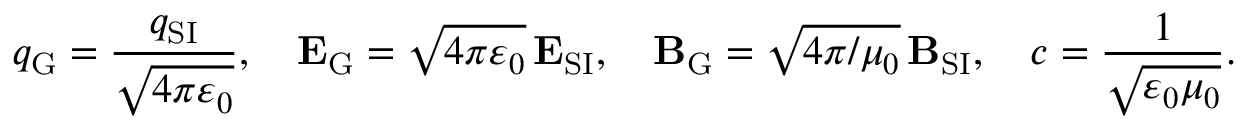
q _ { \mathrm { G } } = { \frac { q _ { \mathrm { S I } } } { \sqrt { 4 \pi \varepsilon _ { 0 } } } } , \quad \mathbf { E } _ { \mathrm { G } } = { \sqrt { 4 \pi \varepsilon _ { 0 } } } \, \mathbf { E } _ { \mathrm { S I } } , \quad \mathbf { B } _ { \mathrm { G } } = { \sqrt { 4 \pi / \mu _ { 0 } } } \, { \mathbf { B } _ { \mathrm { S I } } } , \quad c = { \frac { 1 } { \sqrt { \varepsilon _ { 0 } \mu _ { 0 } } } } .